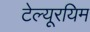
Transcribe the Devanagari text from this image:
टेल्यूरयिम